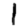
Digit: 1